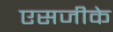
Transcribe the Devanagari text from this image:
एसजीके